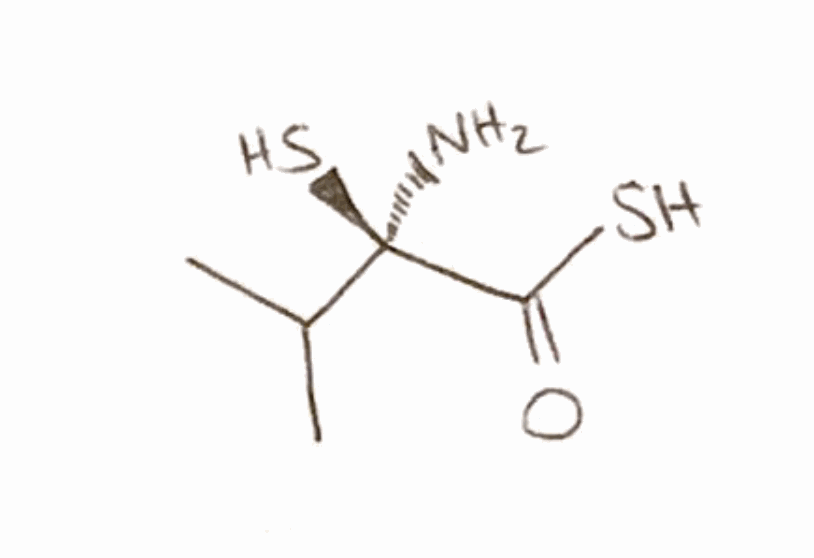
Simplified molecular-input line-entry system (SMILES) notation of the given molecule:
CC(C)[C@@](C(=O)S)(N)S